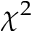
\chi ^ { 2 }